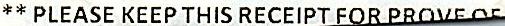
** PLEASE KEEP THIS RECEIPT FOR PROVE OF